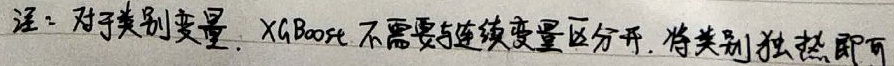
注：对于类别变量，XGBoost不需要与连续变量区分开，将类别独热即可